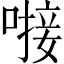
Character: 𪡸